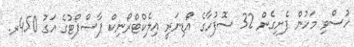
ހުސްވި މަހުން ފެށިގެން 32 ސޮފުހާގެ އޯޑިނަރީ އިލެކްޓްރޯނިކް ޕާސްޕޯޓުގެ އަގު 450ރ.